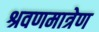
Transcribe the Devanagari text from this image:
श्रवणमात्रेण